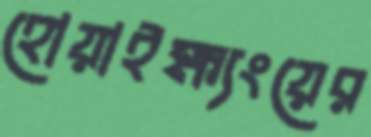
হোয়াইক্ষ্যংয়ের